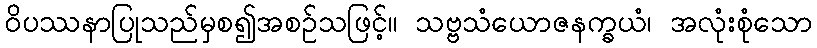
ဝိပဿနာပြုသည်မှစ၍အစဉ်သဖြင့်။ သဗ္ဗသံယောဇနက္ခယံ၊ အလုံးစုံသော